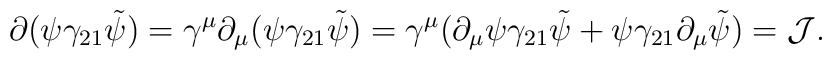
\partial(\psi\gamma_{21}\tilde{\psi}) = \gamma^{\mu}\partial_{\mu}(\psi\gamma_{21}\tilde{\psi}) =\gamma^{\mu}(\partial_{\mu}\psi\gamma_{21}\tilde{\psi} + \psi \gamma_{21}\partial_{\mu}\tilde{\psi}) ={\cal J}  .